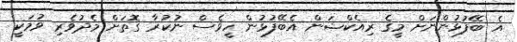
އެ ބޭފުޅުންނަށް މީގެ ރިއެކްޝަން އެބޭފުޅުން ހީވެސް ނުކުރާ ގޮތަށް މެދުވެރި ވުމަކީ